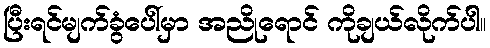
ပြီးရင်မျက်ခွံပေါ်မှာ အညိုရောင် ကိုချယ်လိုက်ပါ။